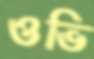
ওভি